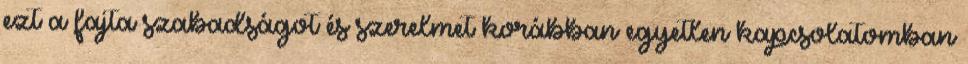
ezt a fajta szabadságot és szerelmet korábban egyetlen kapcsolatomban